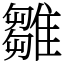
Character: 雛